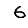
Digit: 6